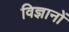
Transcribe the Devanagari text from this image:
विज्ञानों